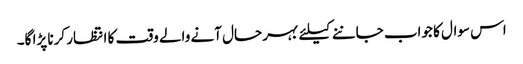
اس سوال کا جواب جاننے کیلئے بہر حال آنے والے وقت کا انتظار کرنا پڑا گا۔